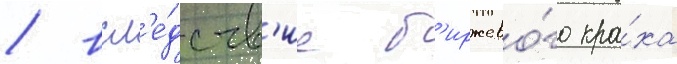
/ всл'е́дств'ие б'иржево́го кра́ха